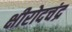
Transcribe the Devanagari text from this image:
क्षीरोदचंद्र